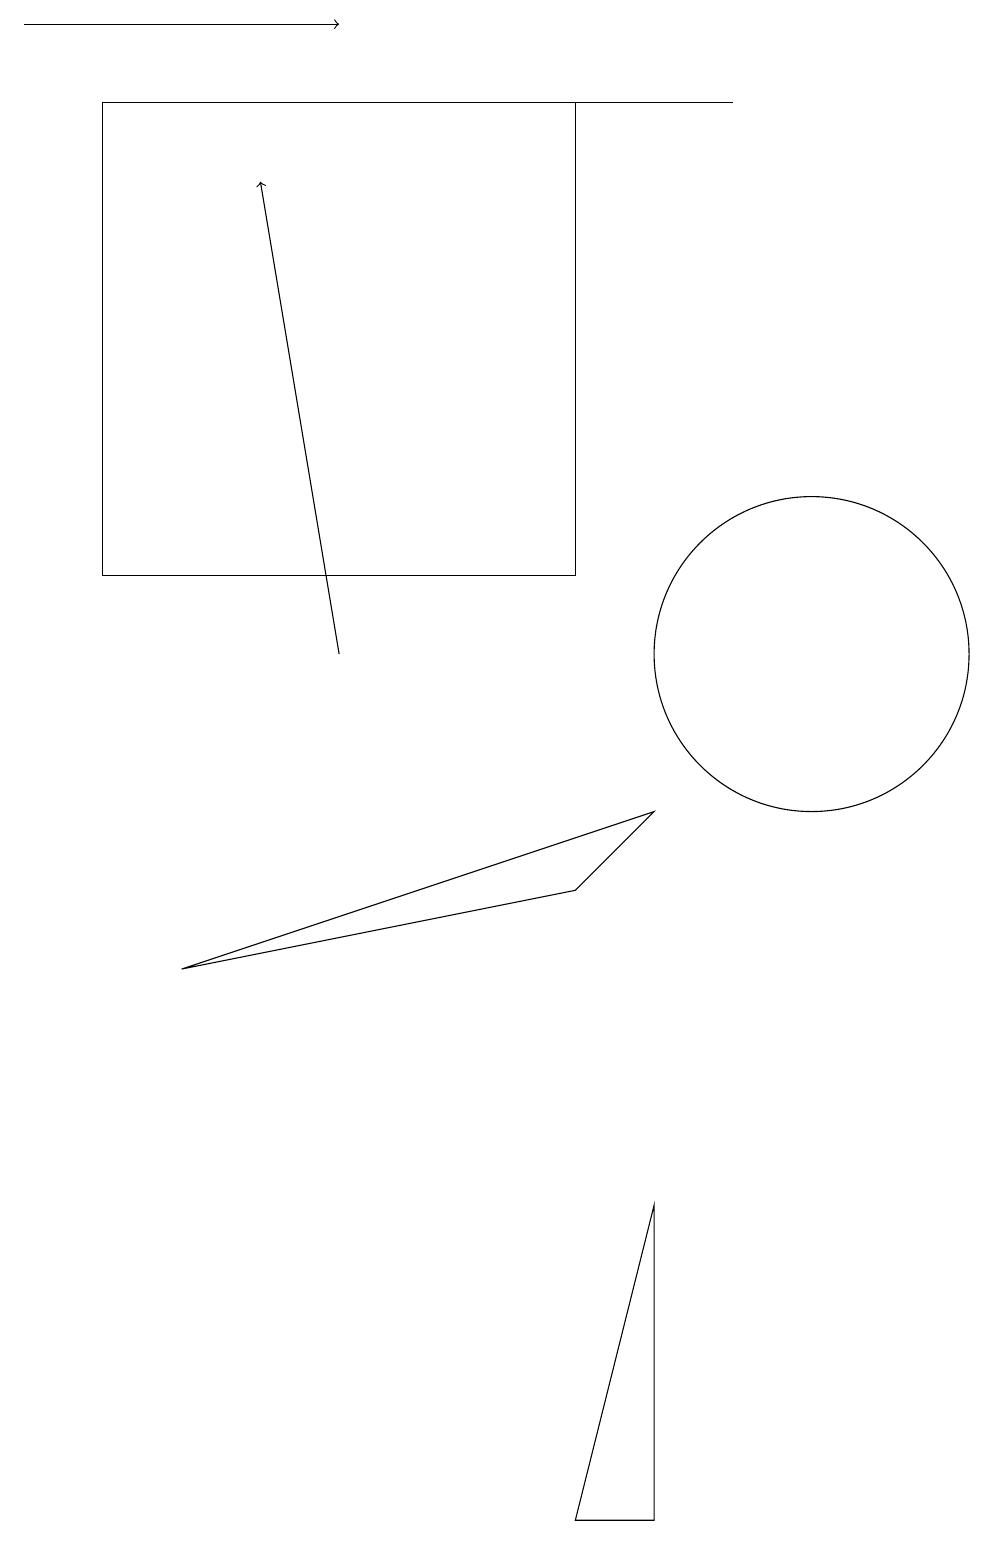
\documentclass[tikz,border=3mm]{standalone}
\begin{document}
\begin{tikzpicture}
\draw (1,18) rectangle (7,12);
\draw (10,11) circle (2);
\draw[->] (0,19) -- (4,19);
\draw (8,9) -- (7,8) -- (2,7) -- cycle;
\draw[->] (4,11) -- (3,17);
\draw (9,18) rectangle (7,18);
\draw (7,0) -- (8,4) -- (8,0) -- cycle;
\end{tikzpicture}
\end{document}